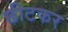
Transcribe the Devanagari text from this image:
छीटकर